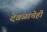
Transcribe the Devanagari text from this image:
देवळाचेही